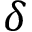
\delta